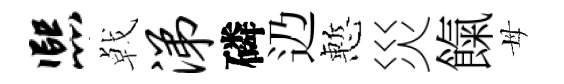
熙㦸涕磷辸慙災餼母